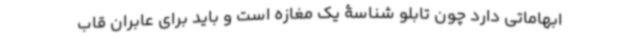
ابهاماتی دارد چون تابلو شناسۀ یک مغازه است و باید برای عابران قاب